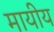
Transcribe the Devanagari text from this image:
मायीय